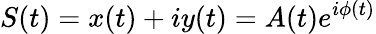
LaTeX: S(t)=x(t)+iy(t)=A(t)e^{i\phi(t)}